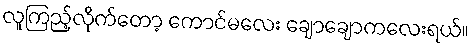
လူကြည့်လိုက်တော့ ကောင်မလေး ချောချောကလေးရယ်။